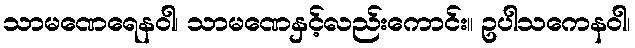
သာမဏေရေနဝါ၊ သာမဏေနှင့်လည်းကောင်း။ ဥပါသကေနဝါ၊